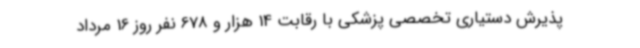
پذیرش دستیاری تخصصی پزشکی با رقابت 14 هزار و 678 نفر روز 16 مرداد